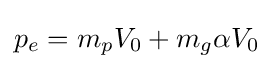
p_{e}=m_{p}V_{0}+m_{g}\alpha V_{0}